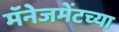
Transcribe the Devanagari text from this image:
मॅनेजमेंटच्या